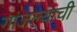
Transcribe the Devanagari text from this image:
गांजल्याची